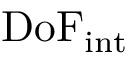
\mathrm { D o F _ { i n t } }